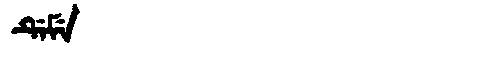
Manchu: ᡩᡝᠮᡝ
Romanization: DEME